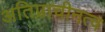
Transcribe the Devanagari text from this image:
अतिप्राचीनत्व